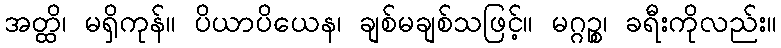
အတ္ထိ၊ မရှိကုန်။ ပိယာပိယေန၊ ချစ်မချစ်သဖြင့်။ မဂ္ဂဉ္စ၊ ခရီးကိုလည်း။